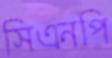
সিএনপি